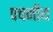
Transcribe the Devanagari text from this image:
पचनीय